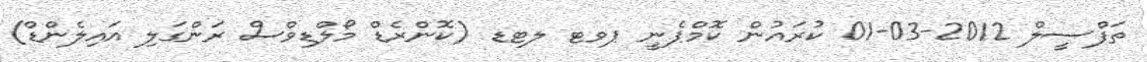
ތަފްސީލް 2012-03-01 ކުރައުން ކޮމްޕެނީ ޕވޓ ލޓޑ (ކޮންރެޑް މޯލްޑިވްސް ރަންގަލި އައިލެންޑް)